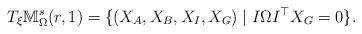
LaTeX: \begin{align*}T_{\xi}\mathbb{M}_{\Omega}^{s}(r,1)=\{(X_{A},X_{B},X_{I},X_{G})\mid I\Omega I^{\top}X_{G}=0\}.\end{align*}